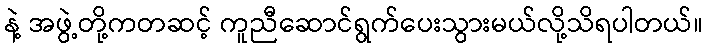
နဲ့ အဖွဲ့တို့ကတဆင့် ကူညီဆောင်ရွက်ပေးသွားမယ်လို့သိရပါတယ်။